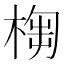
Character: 𣖣